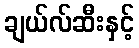
ချယ်လ်ဆီးနှင့်